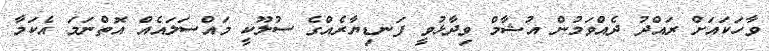
ވާހަކައަށް ރައްދު ދެއްވަމުން އުޝާމް ވިދާޅުވީ ފަނޑިޔާރެއްގެ ސުލޫކީ މައްސަލައެއް އޮތްނަމަ އެކަމާ